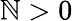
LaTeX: \mathbb{N}>0